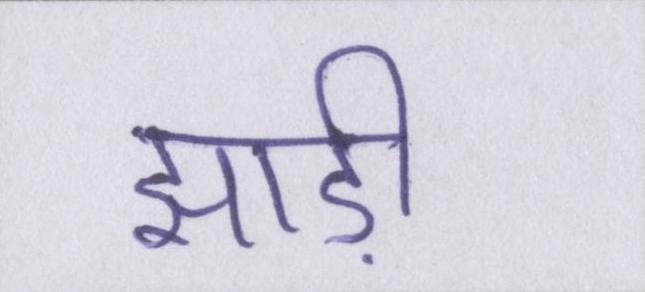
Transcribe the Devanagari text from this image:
झाड़ी